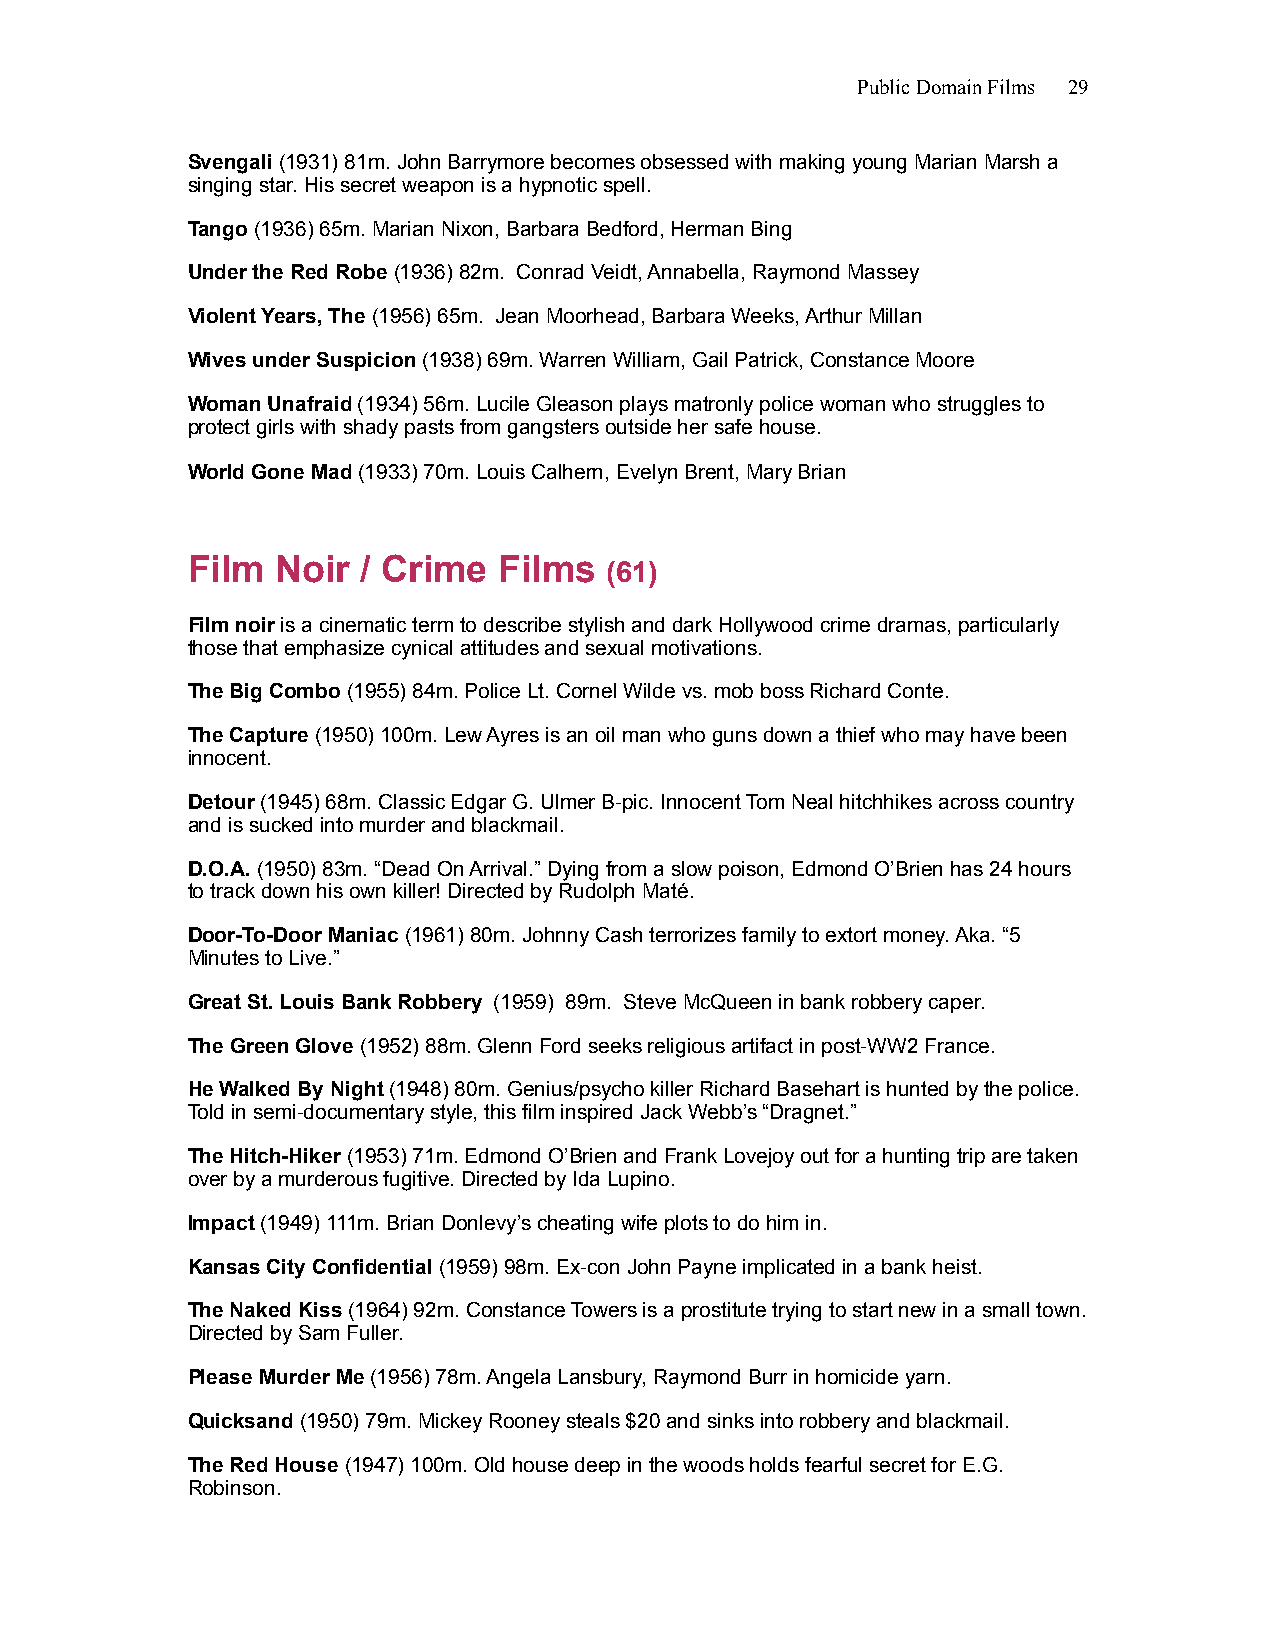
Public Domain Films 29
 Svengali (1931) 81m. John Barrymore becomes obsessed with making young Marian Marsh a
 singing star. His secret weapon is a hypnotic spell.
 Tango (1936) 65m. Marian Nixon, Barbara Bedford, Herman Bing
 Under the Red Robe (1936) 82m. Conrad Veidt, Annabella, Raymond Massey
 Violent Years, The (1956) 65m. Jean Moorhead, Barbara Weeks, Arthur Millan
 Wives under Suspicion (1938) 69m. Warren William, Gail Patrick, Constance Moore
 Woman Unafraid (1934) 56m. Lucile Gleason plays matronly police woman who struggles to
 protect girls with shady pasts from gangsters outside her safe house.
 World Gone Mad (1933) 70m. Louis Calhern, Evelyn Brent, Mary Brian
 Film  Noir  / Crime  Films
 (61)
 Film noir is a cinematic term to describe stylish and dark Hollywood crime dramas, particularly
 those that emphasize cynical attitudes and sexual motivations.
 The Big Combo (1955) 84m. Police Lt. Cornel Wilde vs. mob boss Richard Conte.
 The Capture (1950) 100m. Lew Ayres is an oil man who guns down a thief who may have been
 innocent.
 Detour (1945) 68m. Classic Edgar G. Ulmer B-pic. Innocent Tom Neal hitchhikes across country
 and is sucked into murder and blackmail.
 D.O.A. (1950) 83m. “Dead On Arrival.” Dying from a slow poison, Edmond O’Brien has 24 hours
 to track down his own killer! Directed by Rudolph Maté.
 Door-To-Door Maniac (1961) 80m. Johnny Cash terrorizes family to extort money. Aka. “5
 Minutes to Live.”
 Great St. Louis Bank Robbery (1959) 89m. Steve McQueen in bank robbery caper.
 The Green Glove (1952) 88m. Glenn Ford seeks religious artifact in post-WW2 France.
 He Walked By Night (1948) 80m. Genius/psycho killer Richard Basehart is hunted by the police.
 Told in semi-documentary style, this film inspired Jack Webb’s “Dragnet.”
 The Hitch-Hiker (1953) 71m. Edmond O’Brien and Frank Lovejoy out for a hunting trip are taken
 over by a murderous fugitive. Directed by Ida Lupino.
 Impact (1949) 111m. Brian Donlevy’s cheating wife plots to do him in.
 Kansas City Confidential (1959) 98m. Ex-con John Payne implicated in a bank heist.
 The Naked Kiss (1964) 92m. Constance Towers is a prostitute trying to start new in a small town.
 Directed by Sam Fuller.
 Please Murder Me (1956) 78m. Angela Lansbury, Raymond Burr in homicide yarn.
 Quicksand (1950) 79m. Mickey Rooney steals $20 and sinks into robbery and blackmail.
 The Red House (1947) 100m. Old house deep in the woods holds fearful secret for E.G.
 Robinson.